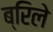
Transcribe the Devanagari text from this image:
ब्रिले